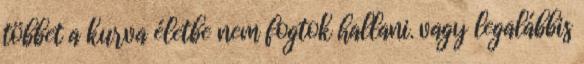
többet a kurva életbe nem fogtok hallani. vagy legalábbis